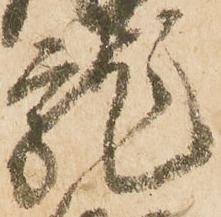
龍